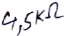
Text: 4,5KΩ